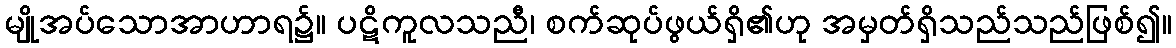
မျိုအပ်သောအာဟာရ၌။ ပဋိကူလသညီ၊ စက်ဆုပ်ဖွယ်ရှိ၏ဟု အမှတ်ရှိသည်သည်ဖြစ်၍။